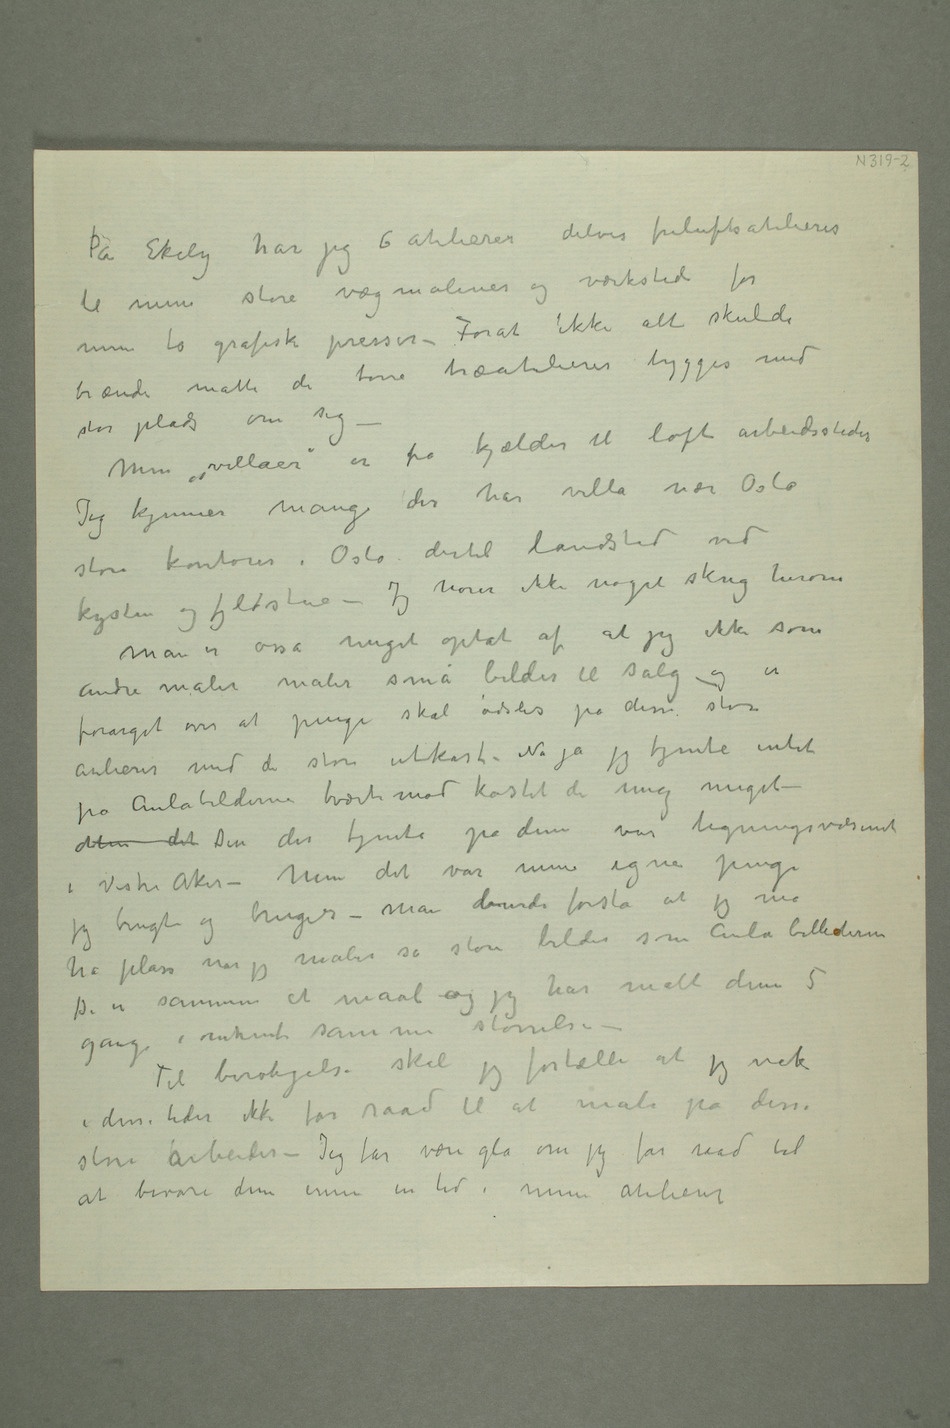
På Ekely har jeg 6 atelierer delvis friluftsatelierer
til mine store vægmalerier og værksted for
mine to grafiske presser – Forat ikke alt skulde
brænde måtte de tørre træatelierer bygges med
stor plads om sig –
Mine «villaer» er  fra kjælder til loft arbeidssteder Jeg
der har villa nær Oslo
store kontorer i Oslo, dertil landsted ved
kysten og fjeldstue – Jeg hører ikke noget skrig herom
Man er osså meget optat af at jeg ikke som
andre malere maler små bilder til salg og er
forarget over at penge skal ødsles på disse store
atelierer med de store utkast. Nu ja jeg tjente intet
på Aulabilderne tværtimot kosted de mig meget –
Men det Den der tjente på dem var ligningsvæsenet
i Vestre Aker – Men det var mine egne penge
jeg brugte og bruger – Man burde forstå at jeg må
ha plass når jeg maler så store bilder som Aula billederne
De er sammen et maal –og jeg har malt dem 5
gange i omtrent samme størrelse
– Til beroligelse skal jeg fortælle at jeg nok
i disse tider ikke får raad til at male på disse
store arbeider – jeg får være gla om jeg får raad til
at bevare dem ennu en tid i mine atelierer